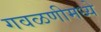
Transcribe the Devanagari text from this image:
गवळणीमध्ये